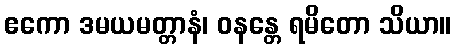
ဧကော ဒမယမတ္တာနံ၊ ဝနန္တေ ရမိတော သိယာ။